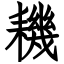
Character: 耭